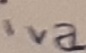
Text: iva